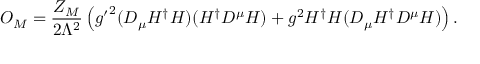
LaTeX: { \cal O } _ { M } = \frac { Z _ { M } } { 2 \Lambda ^ { 2 } } \left( { g ^ { \prime } } ^ { 2 } ( D _ { \mu } H ^ { \dagger } H ) ( H ^ { \dagger } D ^ { \mu } H ) + g ^ { 2 } H ^ { \dagger } H ( D _ { \mu } H ^ { \dagger } D ^ { \mu } H ) \right) .